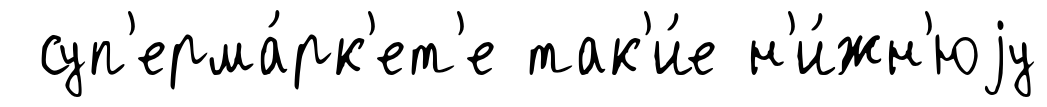
суп'ерма́рк'ет'е так'и́е н'и́жн'юjу